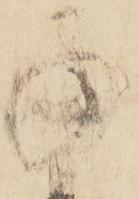
承